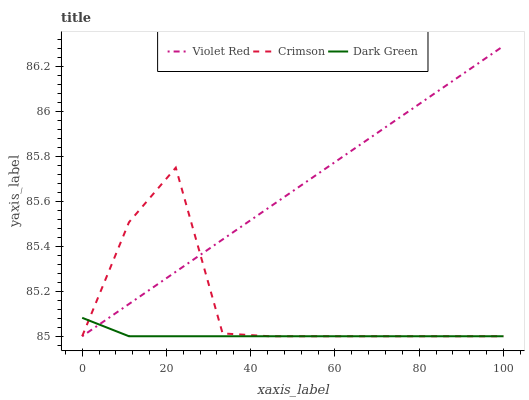
| xaxis_label | Violet Red | Crimson | Dark Green |
 | --- | --- | --- | --- |
 | 0 | 85 | 85 | 85.1 |
 | 11.1 | 85.1 | 85.5 | 85 |
 | 22.2 | 85.3 | 85.7 | 85 |
 | 33.3 | 85.4 | 85 | 85 |
 | 44.4 | 85.6 | 85 | 85 |
 | 55.6 | 85.7 | 85 | 85 |
 | 66.7 | 85.9 | 85 | 85 |
 | 77.8 | 86 | 85 | 85 |
 | 88.9 | 86.1 | 85 | 85 |
 | 100 | 86.3 | 85 | 85 |